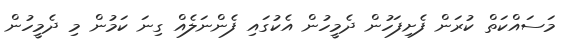
މަސައްކަތް ކުރަން ފެށިފަހުން ދެމީހުން އެކުގައި ފެންނަލެއް ގިނަ ކަމުން މި ދެމީހުން